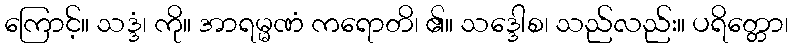
ကြောင့်။ သဒ္ဒံ၊ ကို။ အာရမ္မဏံ ကရောတိ၊ ၏။ သဒ္ဒေါစ၊ သည်လည်း။ ပရိတ္တော၊